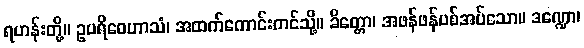
ရဟန်းတို့။ ဥပရိဝေဟာသံ၊ အထက်ကောင်းကင်သို့။ ခိတ္တော၊ အဖန်ဖန်ပစ်အပ်သော။ ဒဏ္ဍော၊